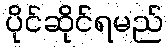
ပိုင်ဆိုင်ရမည်